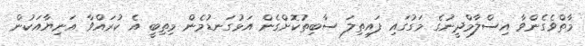
މާތްވެގެންވާ އިސްލާމްދީނުގެ މަގުގައި ފައިތިލަ ސާބިތުކޮށްގެން އަޅުގަނޑުމެން މިތިބީ އެ ކުރައްވާ އަނިޔާއަކުން